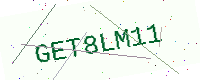
Text: GET8LM11